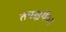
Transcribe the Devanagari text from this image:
तपश्चर्येवर